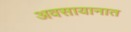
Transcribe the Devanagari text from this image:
अवसायानात